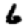
Digit: 6